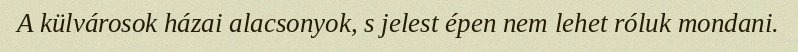
A külvárosok házai alacsonyok, s jelest épen nem lehet róluk mondani.